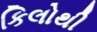
કિલોથી